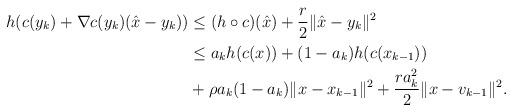
LaTeX: \begin{align*}\begin{aligned}h(c(y_k)+\nabla c(y_k)(\hat x-y_{k}))&\leq (h\circ c)(\hat x) +\frac{r}{2}\|\hat x-y_k\|^2\\&\leq a_kh(c(x))+(1-a_k)h(c(x_{k-1}))\\&+\rho a_k(1-a_k)\|x-x_{k-1}\|^2+\frac{ra_k^2}{2}\|x-v_{k-1}\|^2.\end{aligned}\end{align*}